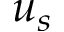
u _ { s }